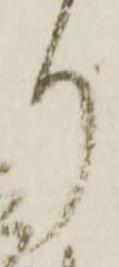
り